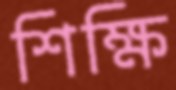
শিক্ষি